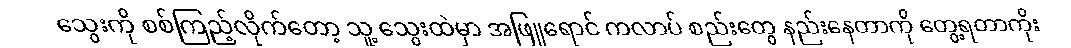
သွေးကို စစ်ကြည့်လိုက်တော့ သူ့ သွေးထဲမှာ အဖြူရောင် ကလာပ် စည်းတွေ နည်းနေတာကို တွေ့ရတာကိုး